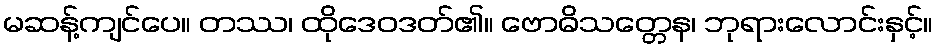
မဆန့်ကျင်ပေ။ တဿ၊ ထိုဒေဝဒတ်၏။ ဗောဓိသတ္တေန၊ ဘုရားလောင်းနှင့်။